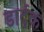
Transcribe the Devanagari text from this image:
डार्दक